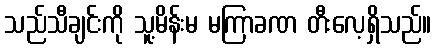
သည်သီချင်းကို သူ့မိန်းမ မကြာခဏ တီးလေ့ရှိသည်။